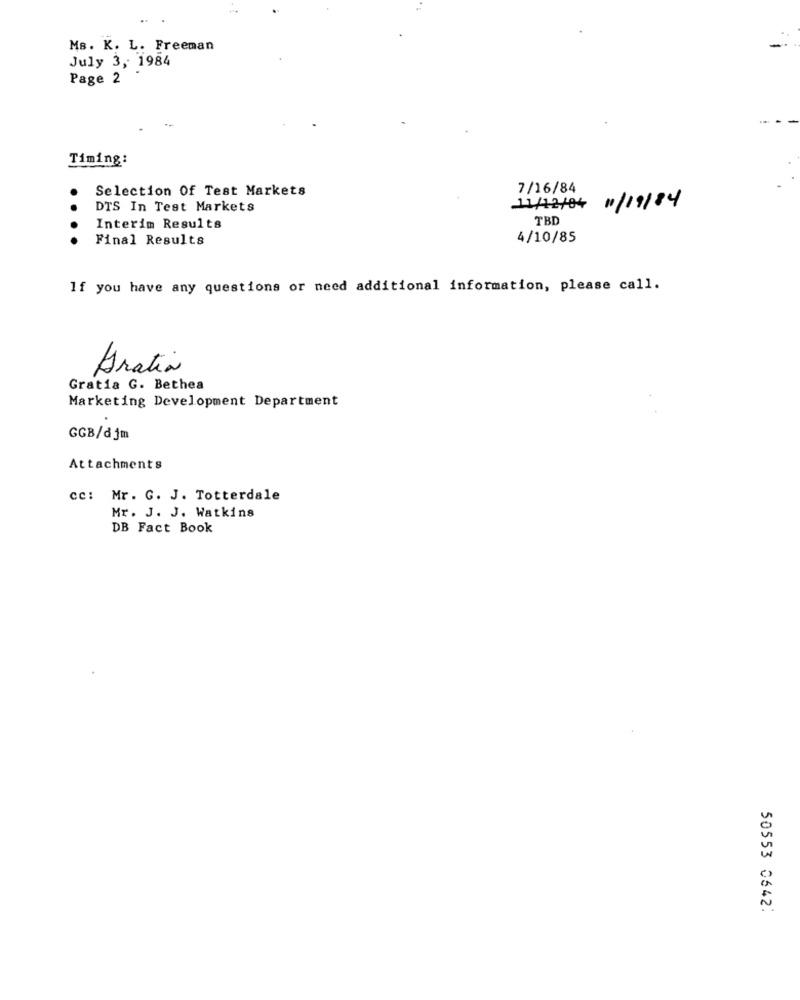
MB. K. L. Freeman
July 3, 1984
Page 2
Timing:
Selection Of Test Markets
7/16/84
DTS In Test Markets
11/12/84
11/19/84
TBD
Interim Results
Final Results
4/10/85
If you have any questions or need additional information, please call.
Gratin
Gratia G. Bethea
Marketing Development Department
GGB/djm
Attachments
cc: Mr. G. J. Totterdale
Mr. J. J. Watkins
DB Fact Book
50553 0642: